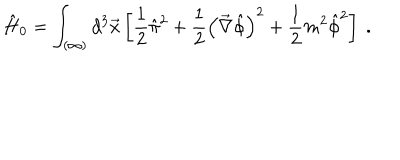
\hat { H } _ { 0 } = \int _ { ( \infty ) } d ^ { 3 } \vec { x } \left[ \frac { 1 } { 2 } \hat { \pi } ^ { 2 } + \frac { 1 } { 2 } \left( \vec { \nabla } \hat { \phi } \right) ^ { 2 } + \frac { 1 } { 2 } m ^ { 2 } \hat { \phi } ^ { 2 } \right] \ .